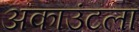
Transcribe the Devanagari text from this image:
अकाउंटला